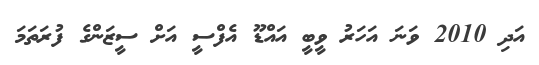
އަދި 2010 ވަނަ އަހަރު ވީބީ އައްޑޫ އެފްސީ އަށް ސީޒަންގެ ފުރަތަމަ